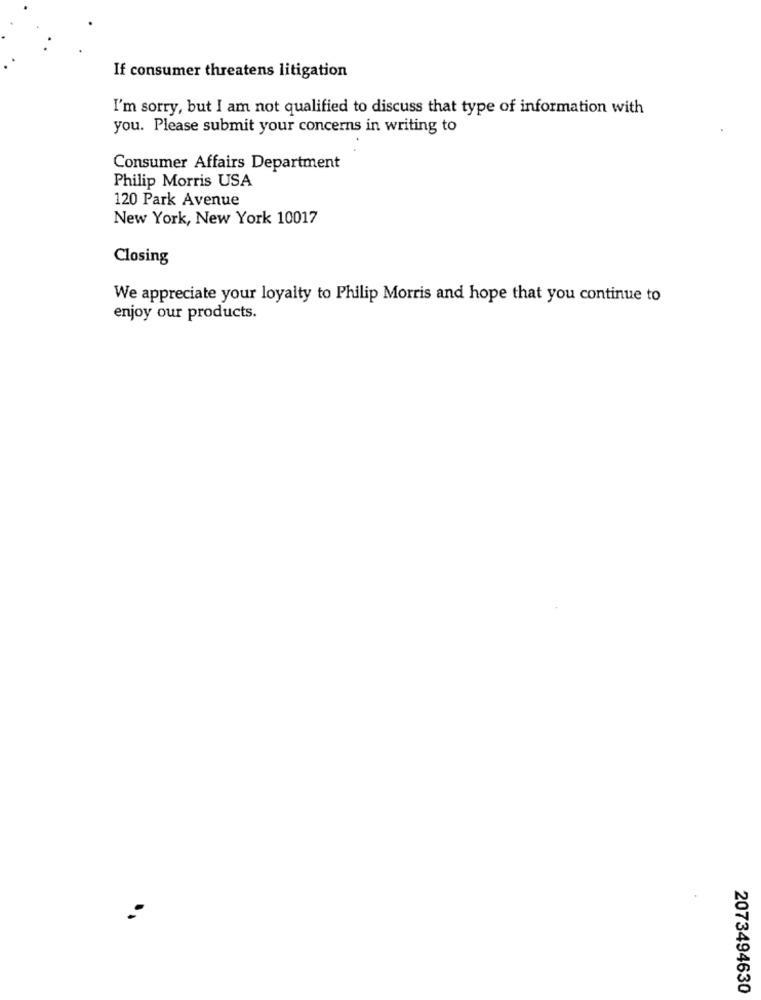
If consumer threatens litigation
I'm sorry, but I am not qualified to discuss that type of information with
you. Please submit your concerns in writing to
Consumer Affairs Department
Philip Morris USA
120 Park Avenue
New York, New York 10017
Closing
We appreciate your loyalty to Philip Morris and hope that you continue to
enjoy our products.
2073494630